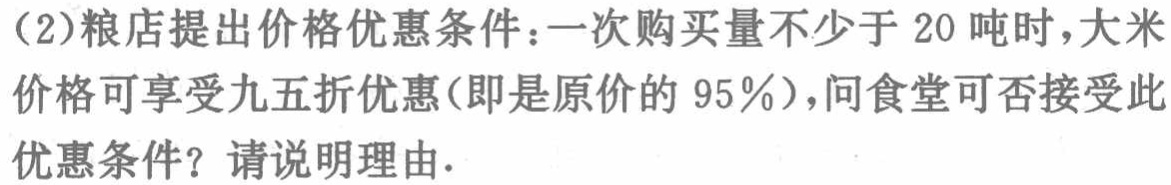
(2)粮店提出价格优惠条件：一次购买量不少于 20 吨时，大米价格可享受九五折优惠(即是原价的 95%)，问食堂可否接受此优惠条件？请说明理由.